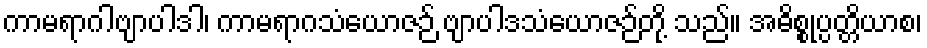
ကာမရာဂါဗျာပါဒါ၊ ကာမရာဂသံယောဇဉ် ဗျာပါဒသံယောဇဉ်တို့ သည်။ အဓိစ္စုပ္ပတ္တိယာစ၊